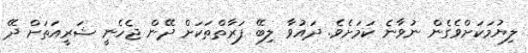
ލިޔުމަކަށްވެގެން ނުވާނެ ކަމަށެވެ. ދައުވާ ލިބޭ ފަރާތްތަކަށް ދޭން ޖެހެނީ ޝަރީއަތަށް ދޭ